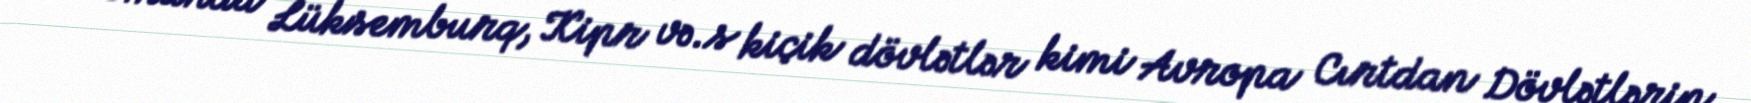
Komanda Lüksemburq, Kipr və.s kiçik dövlətlər kimi Avropa Cırtdan Dövlətlərin